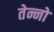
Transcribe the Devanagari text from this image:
तेन्नो